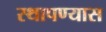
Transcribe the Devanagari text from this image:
स्थापण्यास